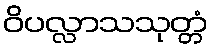
ဝိပလ္လာသသုတ္တံ